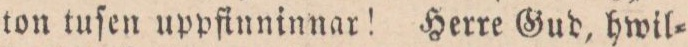
ton tuſen uppfinninar! Herre Gud, hwil=